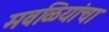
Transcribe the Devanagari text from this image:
मवळियांचा